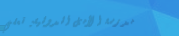
مدرسة الأمل الدولية: تعلي